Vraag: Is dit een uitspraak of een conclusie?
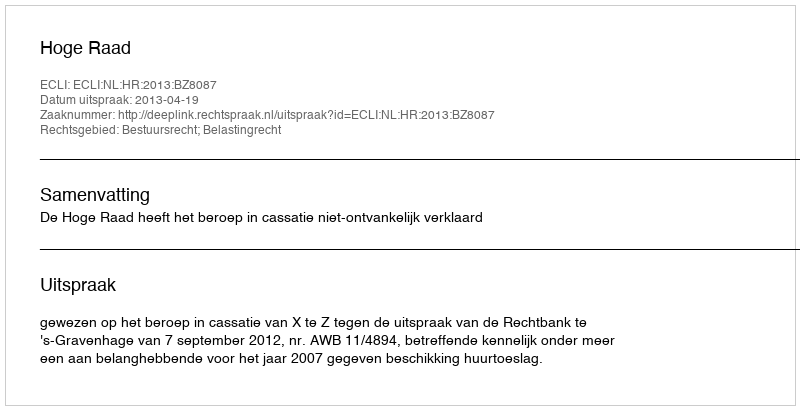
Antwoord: Uitspraak